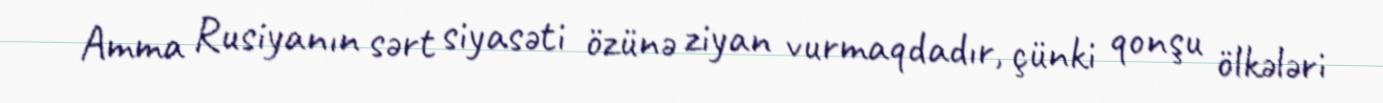
Amma Rusiyanın sərt siyasəti özünə ziyan vurmaqdadır, çünki qonşu ölkələri